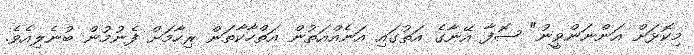
މިކޮޅަށް އަންނަންވީނު" ޞޮފާ އޭނާގެ އަތުގައި އަނެއްއަތުން އަތްހާކާތަން ރިހާމަށް ފެނުމުން ބުނެލިއެވެ.